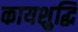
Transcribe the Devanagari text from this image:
कायशुद्धि